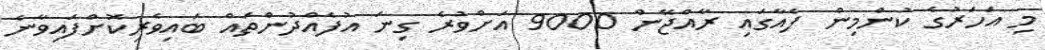
މި އަހަރުގެ ކުންމިން ފެއާގައި ރާއްޖޭން 9000 އަށްވުރެ ގިނަ އުފެއްދުންތައް ބައިވެރިކޮށްފައިވާނެ